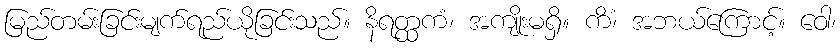
မြည်တမ်းခြင်းမျက်ရည်ယိုခြင်းသည်။ နိရတ္ထကံ၊ အကျိုးမရှိ။ ကိံ၊ အဘယ်ကြောင့်။ ဝေါ၊